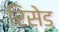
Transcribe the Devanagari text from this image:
रिसेड